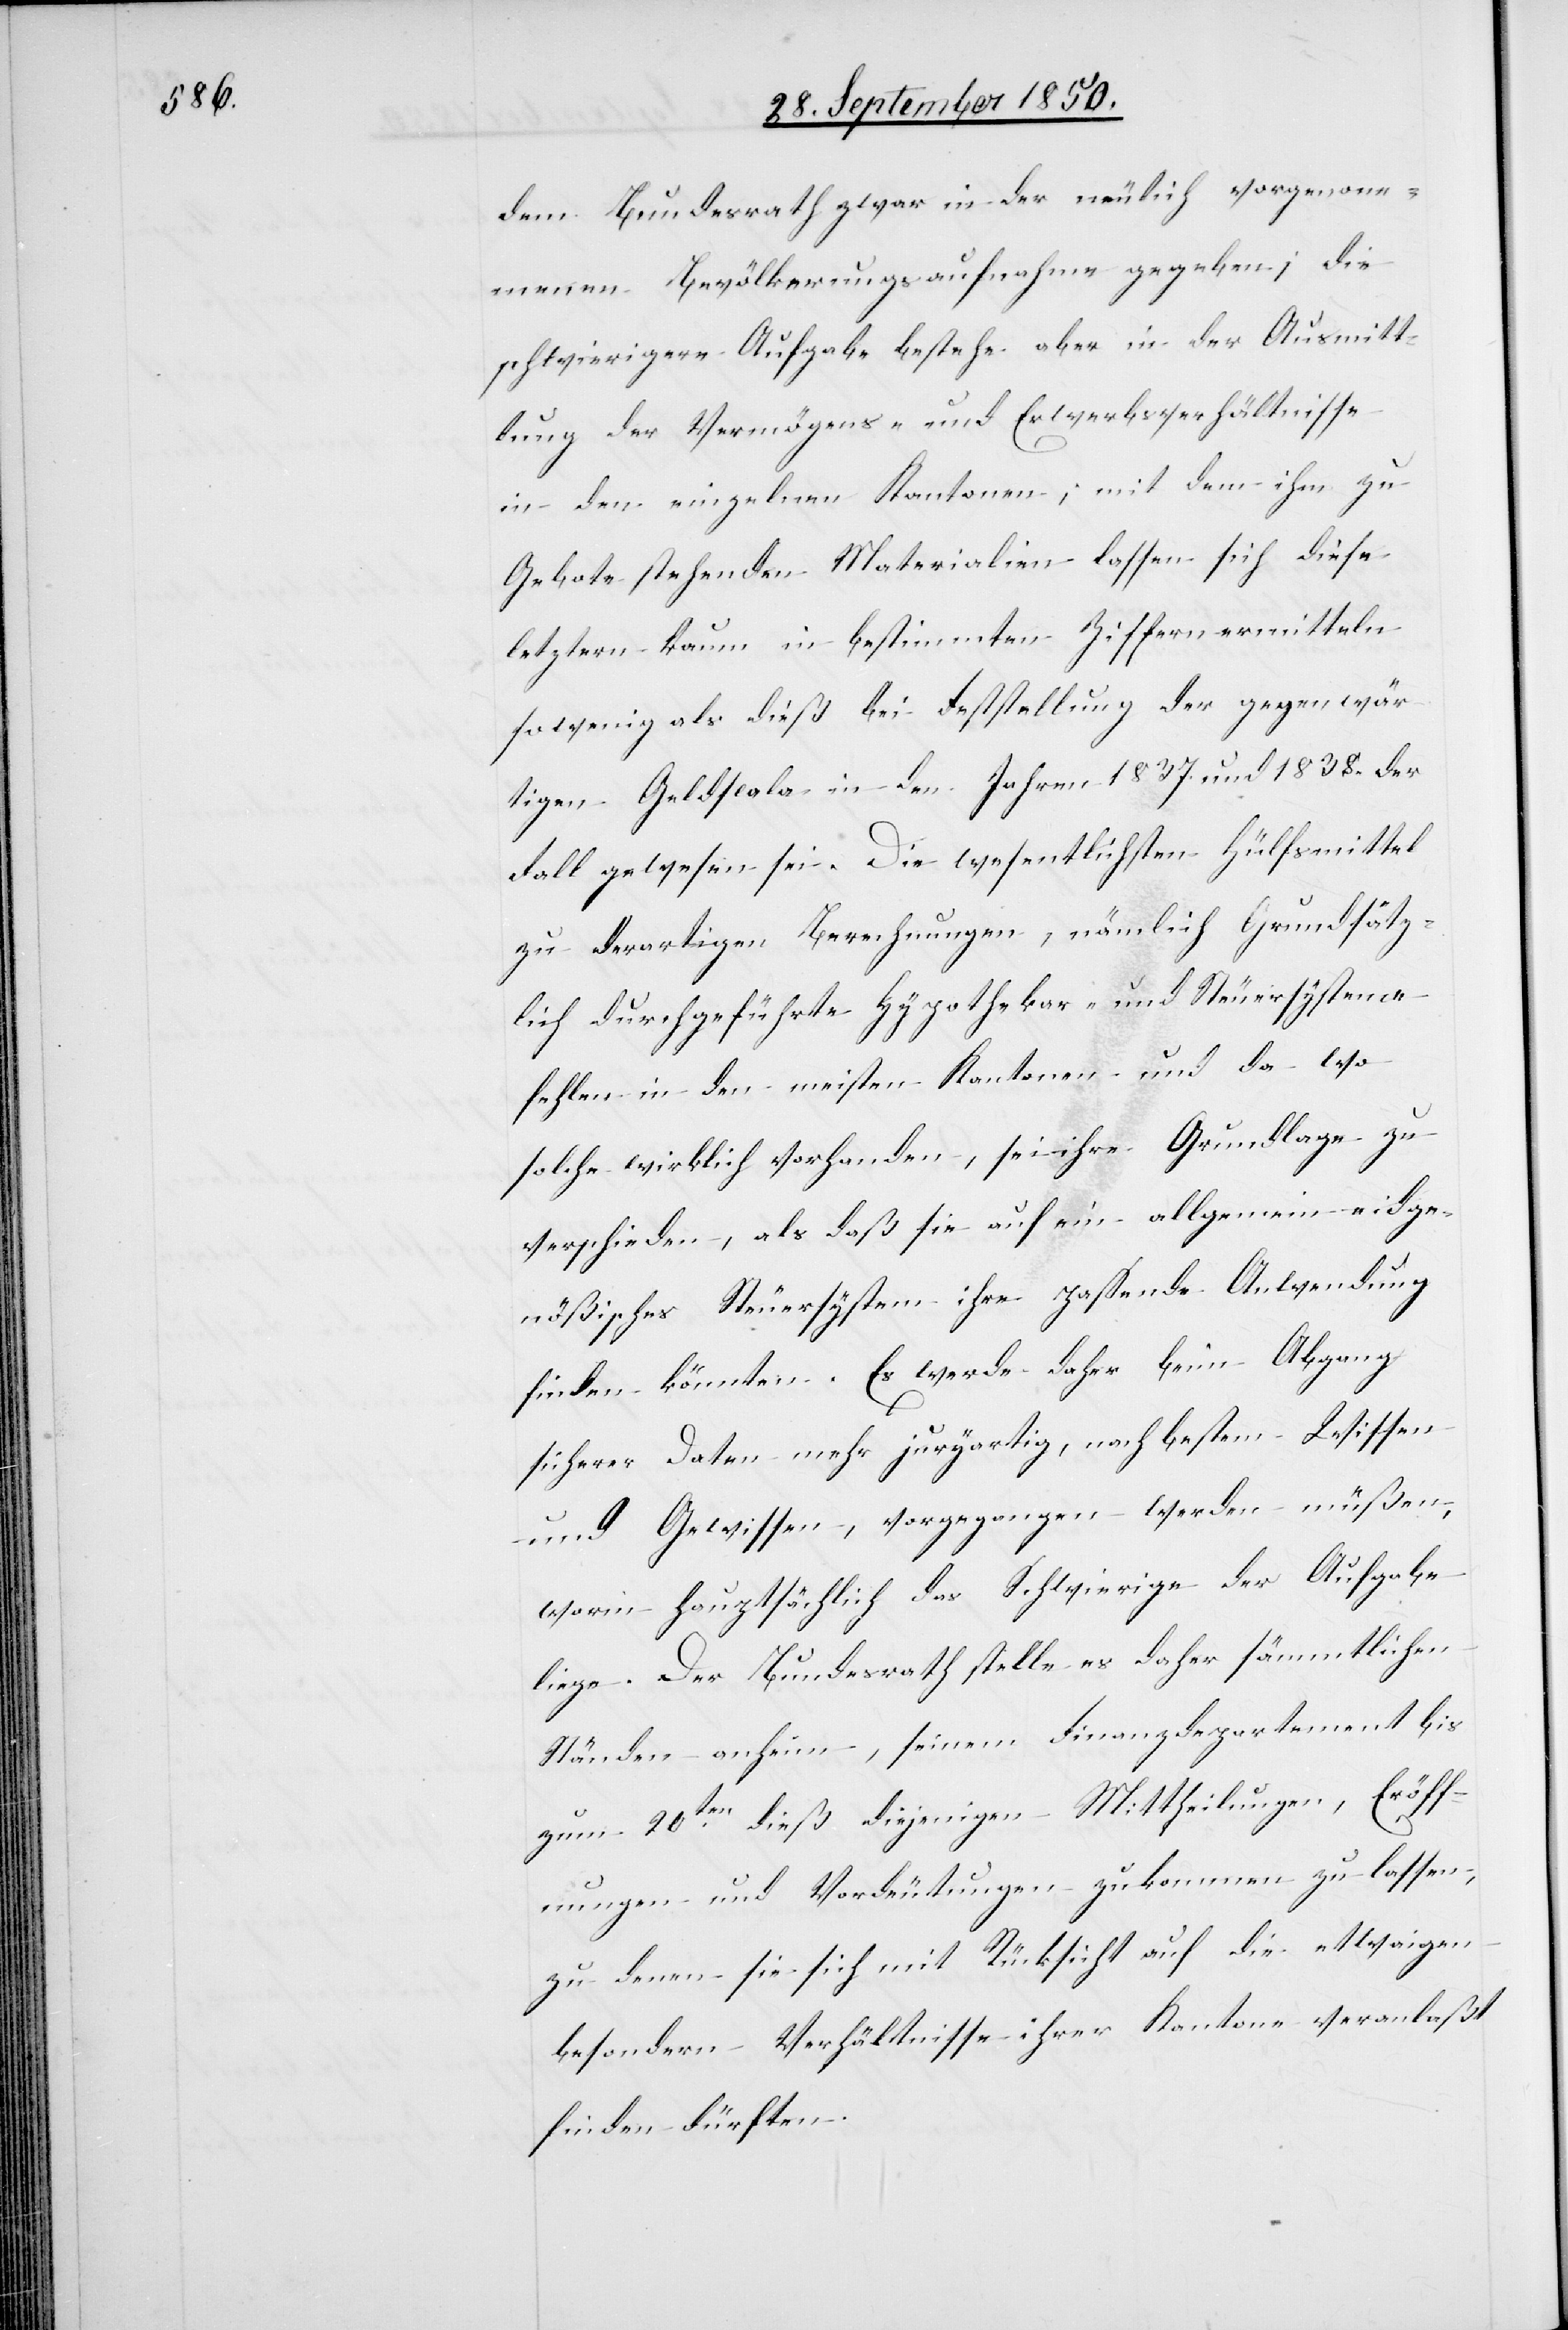
dem Bundesrath zwar in der neulich vorgenom¬
menen Bevölkerungsaufnahme gegeben; die
schwierigere Aufgabe bestehe aber in der Ausmitt¬
lung der Vermögens- und Erwerbsverhältnisse
in den einzelnen Kantonen; mit dem ihm zu
Gebote stehenden Materialien lassen sich diese
letztern kaum in bestimmten Ziffern ermitteln
so wenig als bei Feststellung der gegenwär¬
tigen Geldscala in den Jahren 1837. und 1838. der
Fall gewesen sei. Die wesentlichsten Hülfsmittel
zu derartigen Berechnungen, nämlich grundsätz¬
lich durchgeführte Hypothekar- und Steuersysteme
fehlen in den meisten Kantonen und da wo
solche wirklich vorhanden, sei ihre Grundlage zu
verschieden, als daß sie auf ein allgemein eidge¬
nößisches Steuersystem ihre passende Anwendung
finden könnten. Es werde daher beim Abgang
sicherer Daten mehr juryartig, nach bestem Wissen
und Gewissen, vorgegangen werden müßen,
worin hauptsächlich das Schwierige der Aufgabe
liege. Der Bundesrath stelle es daher sämmtlichen
Ständen anheim, seinem Finanzdepartement bis
zum 20ten dieß diejenigen Mittheilungen, Eröff¬
nungen und Vordeutungen zukommen zu lassen,
zu denen sie sich mit Rücksicht auf die etwaigen
besondern Verhältnisse ihrer Kantone veranlaßt
finden dürften.